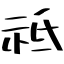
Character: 祗